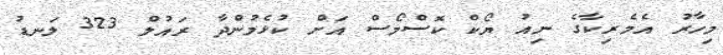
މިހާރު އެމެރިކާގެ ނިއު ޔޯކް ކޮސްމޯސް އަށް ކުޅެމުންދާ ރައުލް 323 ލަނޑު